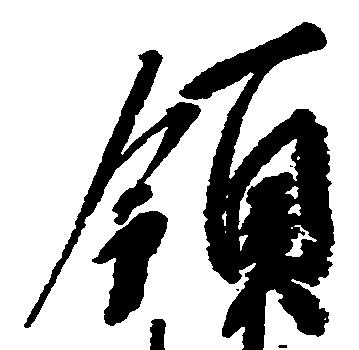
領